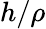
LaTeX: h/\rho